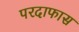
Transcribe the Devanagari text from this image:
परदाफास